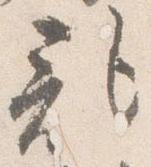
記